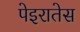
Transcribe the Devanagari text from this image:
पेइरातेस